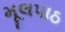
મૂલપાઠ